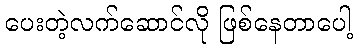
ပေးတဲ့လက်ဆောင်လို ဖြစ်နေတာပေါ့